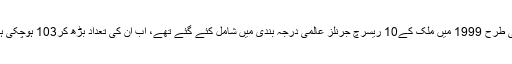
اسی طرح 1999 میں ملک کے10 ریسرچ جرنلز عالمی درجہ بندی میں شامل کئے گئے تھے، اب ان کی تعداد بڑھ کر103 ہوچکی ہے۔